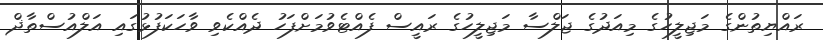
ރައްޔިތުންގެ މަޖިލީހުގެ މިއަދުގެ ޖަލްސާ މަޖިލީހުގެ ރައީސް ފެއްޓެވުމަށްފަހު ދެއްކެވި ވާހަކަފުޅުގައި އަލްއުސްތާޛް